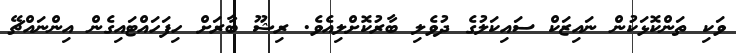
ވަކި ތަންކޮޅަކުން ނައިޒަކް ސައިކަލުގެ ދުވެލި ބާރުކޮށްލިއެވެ. ރިޝޫ ބާރަށް ހިފަހައްޓައިގެން އިންނައްޗޭ